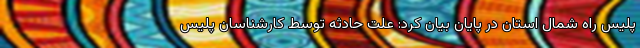
پلیس راه شمال استان در پایان بیان کرد: علت حادثه توسط کارشناسان پلیس